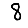
Digit: 8